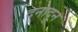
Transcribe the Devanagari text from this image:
दूनादून